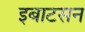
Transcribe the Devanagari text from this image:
इबाटसन